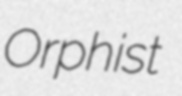
Orphist